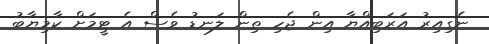
ނެގިއިރު އަރަބިއްޔާ އިން ޖެހި ތިން ލަނޑު ވެސް އެ ޓީމަށް ކާމިޔާބު